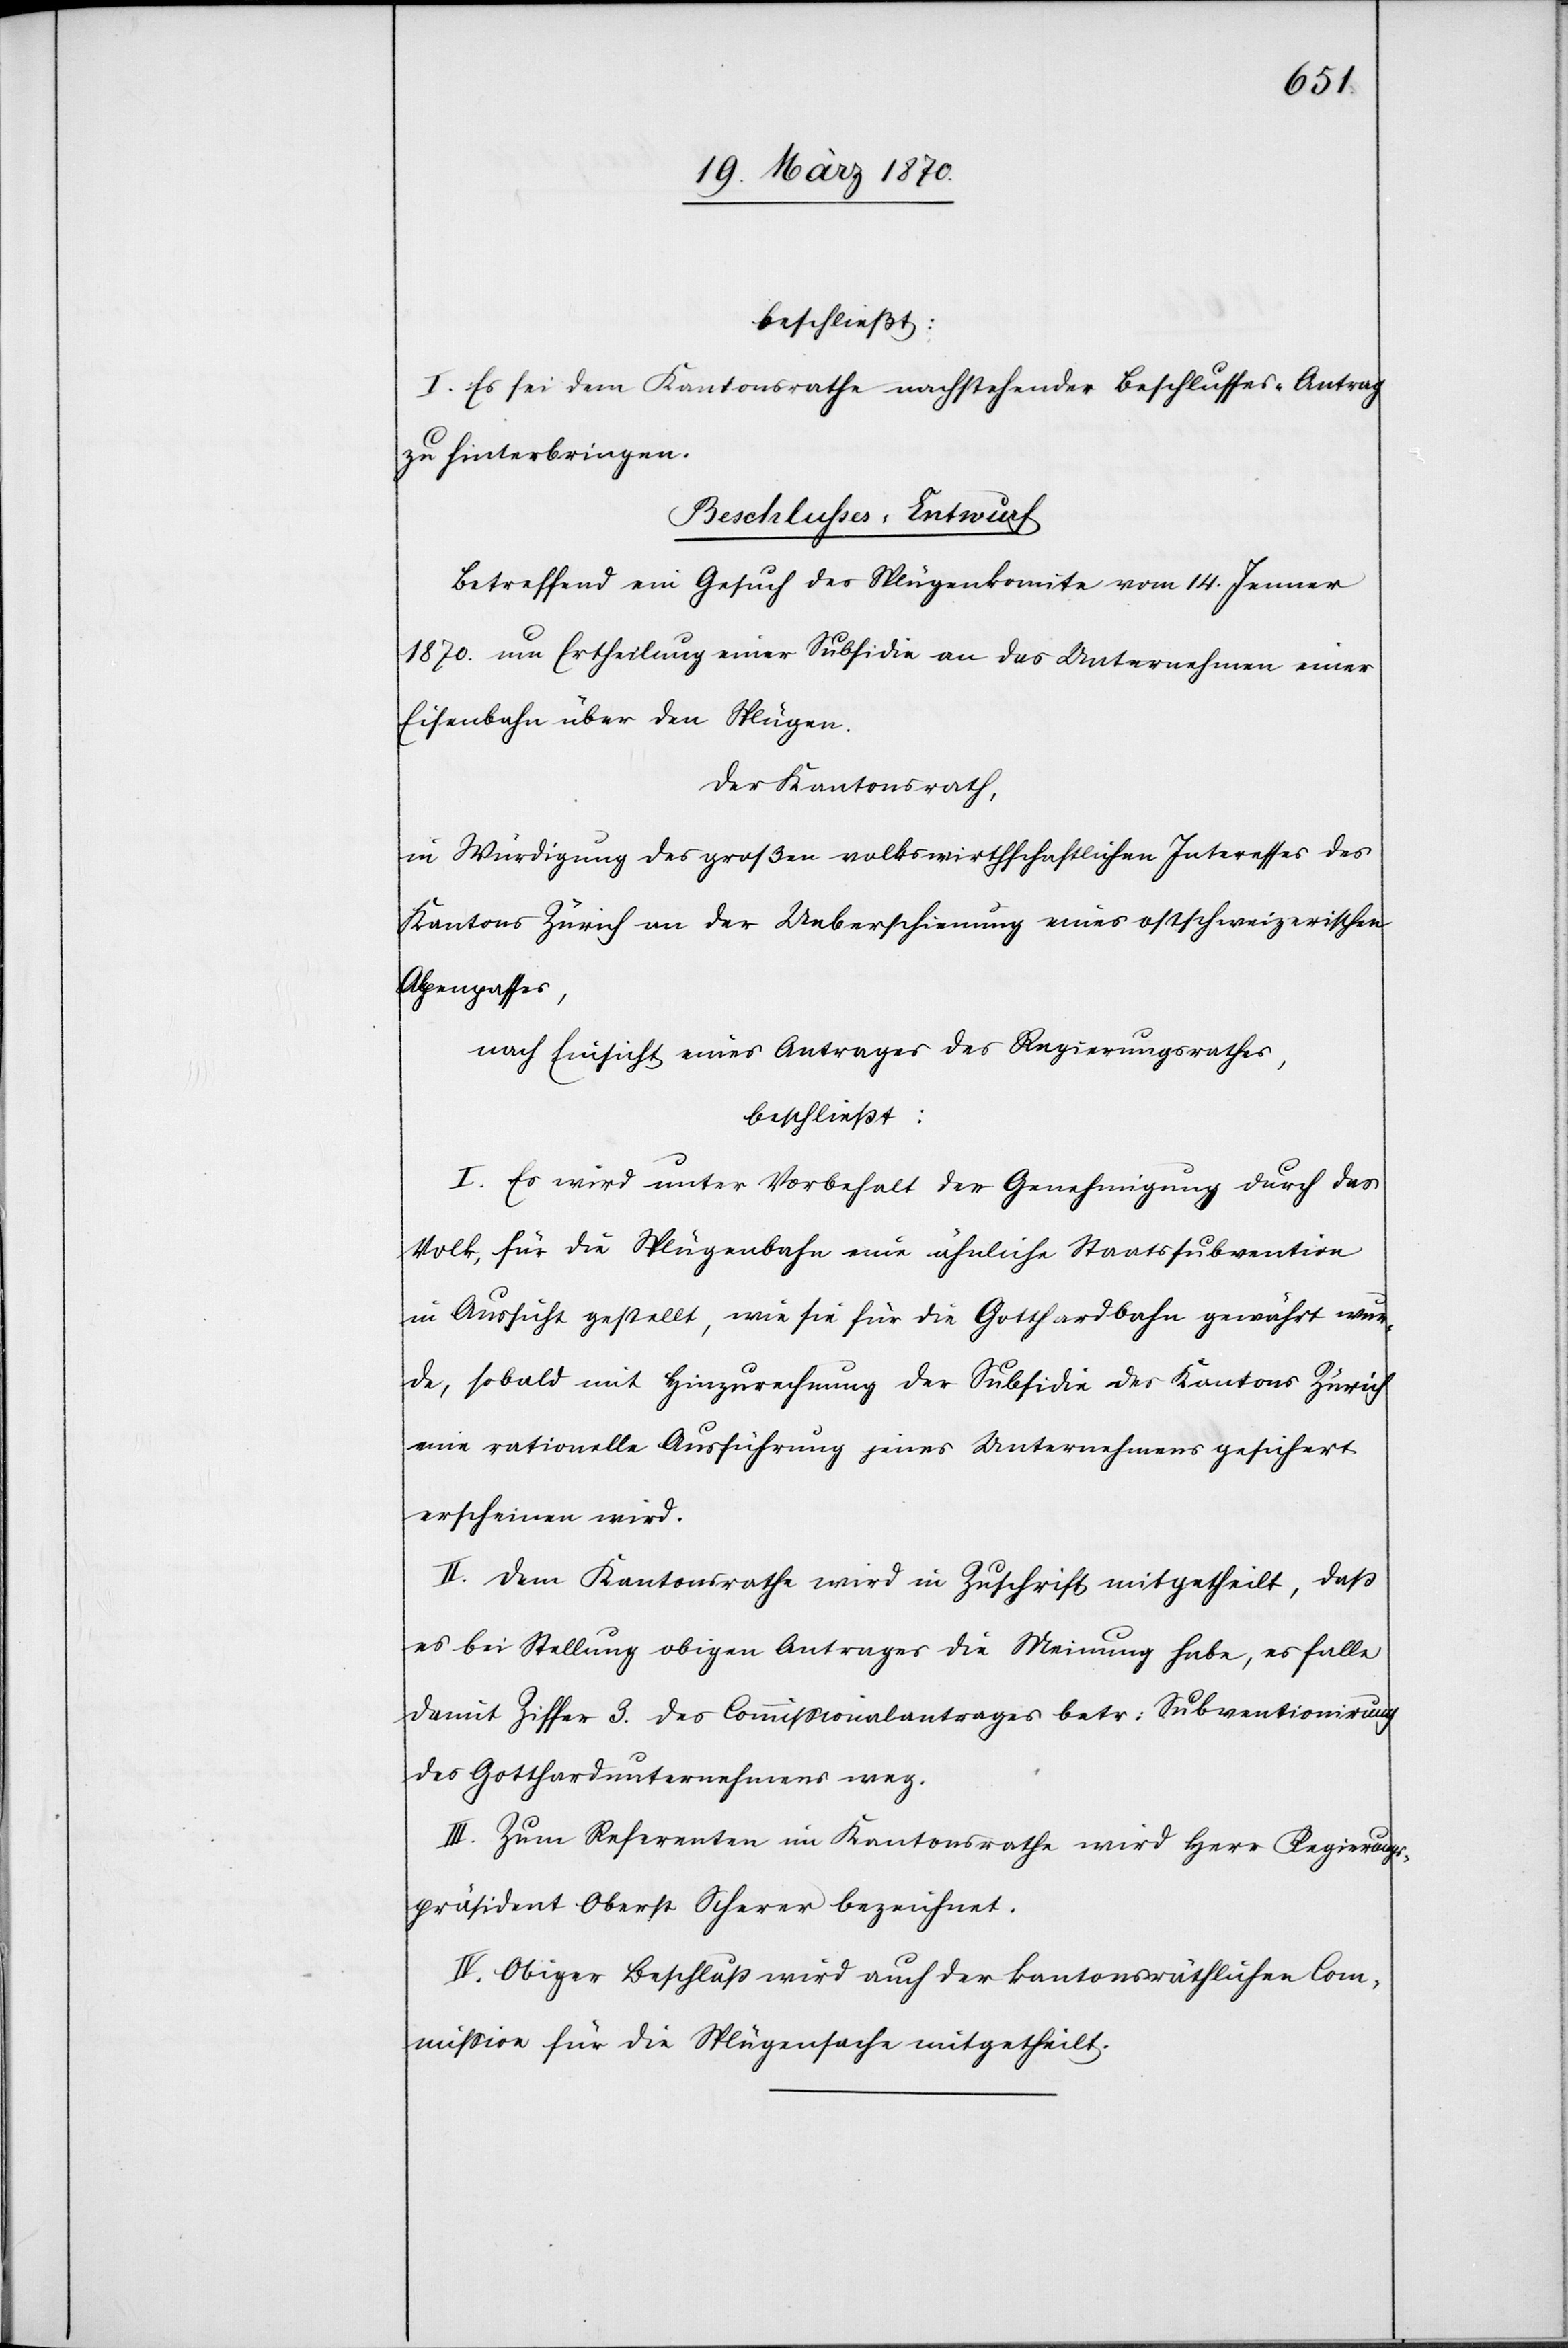
beschließt:
I. Es sei dem Kantonsrathe nachstehender Beschlusses-Antrag
zu hinterbringen.
Betreffend ein Gesuch des Splügenkomite vom 14. Jenner
1870. um Ertheilung einer Subsidie an das Unternehmen einer
Eisenbahn über den Splügen.
Der Kantonsrath,
in Würdigung des großen volkswirthschaftlichen Interesses des
Kantons Zürich an der Ueberschienung eines ostschweizerischen
Alpenpasses,
nach Einsicht eines Antrages des Regierungsrathes,
beschließt:
I. Es wird unter Vorbehalt der Genehmigung durch das
Volk, für die Splügenbahn eine ähnliche Staatssubvention
in Aussicht gestellt, wie sie für die Gotthardbahn gewährt wur¬
de, sobald mit Hinzurechnung der Subsidie des Kantons Zürich
eine rationelle Ausführung jenes Unternehmens gesichert
erscheinen wird.
II. Dem Kantonsrathe wird in Zuschrift mitgetheilt, daß
es bei Stellung obigen Antrages die Meinung habe, es falle
damit Ziffer 3. des Commissionalantrages betr: Subventionirung
des Gotthardunternehmens weg.
III. Zum Referenten im Kantonsrathe wird Herr Regierungs¬
präsident Oberst Scherer bezeichnet.
IV. Obiger Beschluß wird auch der kantonsräthlichen Com¬
mission für die Splügenbahn mitgetheilt.